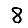
Digit: 8